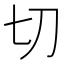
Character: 切